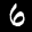
Label: 6